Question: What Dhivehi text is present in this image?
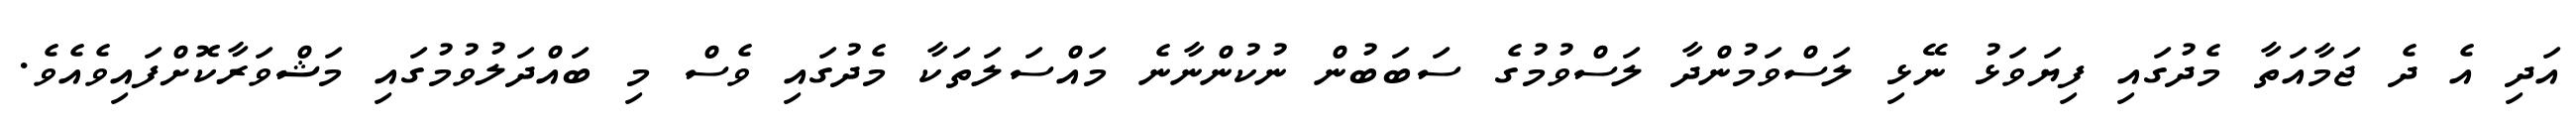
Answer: އަދި އެ ދެ ޖަމާއަތާ މެދުގައި ފިޔަވަޅު ނޭޅި ލަސްވަމުންދާ ލަސްވުމުގެ ސަބަބުން ނުކުންނާނެ މައްސަލަތަކާ މެދުގައި ވެސް މި ބައްދަލުވުމުގައި މަޝްވަރާކޮށްފައިވެއެވެ.